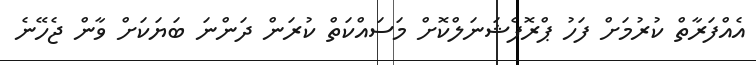
އެއްފަރާތް ކުރުމަށް ފަހު ޕްރޮފެޝަނަލްކޮށް މަސައްކަތް ކުރަން ދަންނަ ބަޔަކަށް ވާން ޖެހޭނެ